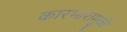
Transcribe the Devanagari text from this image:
कारभारामुळे